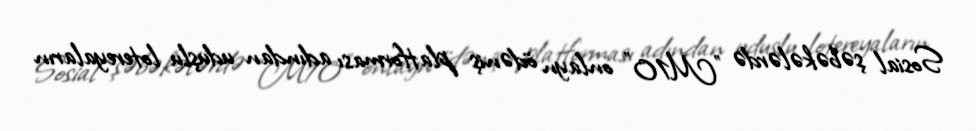
Sosial şəbəkələrdə "M10" onlayn ödəniş platforması adından uduşlu lotereyaların